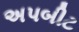
અપબીટ